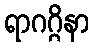
ရာဂဂ္ဂိနာ